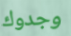
وجدوك